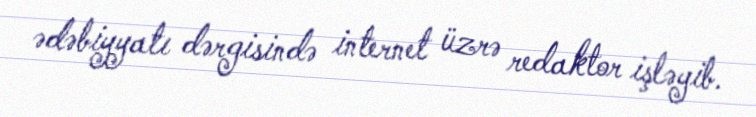
ədəbiyyatı dərgisində internet üzrə redaktor işləyib.